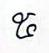
៥